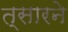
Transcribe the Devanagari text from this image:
त्सारने